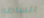
الساطع